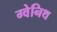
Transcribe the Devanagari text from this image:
ग्वेनिथ